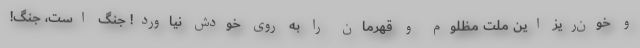
و خون‌ریز این ملت مظلوم و قهرمان را به روی خودش نیاورد! جنگ است، جنگ!